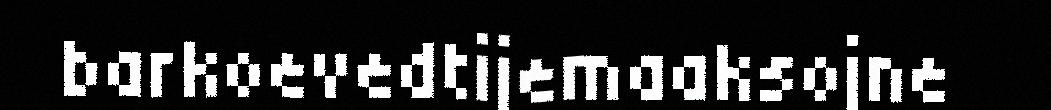
barkoevedtijemaaksojne